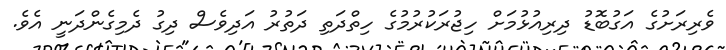
ވެރިރަށުގެ އަގުބޮޑު ދިރިއުޅުމަށް ހިޖުރަކުރުމުގެ ހިތްދަތި ދަތުރު އަދިވެސް ދިގު ދެމިގެންދަނީ އެވެ.